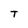
Character: T